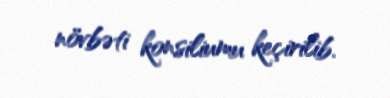
növbəti konsiliumu keçirilib.